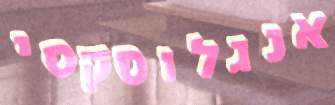
אנגלוסקסי